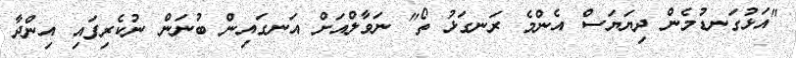
"އަޅުގަނޑުމެން ދިޔަޔަސް އެންމެ ރަނގަޅު ތޯ" ނަވާލްއަށް އަނގައިން ބުނަން ނުކެރިފައި އިންދާ